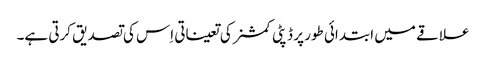
علاقے میں ابتدائی طور پر ڈپٹی کمشنر کی تعیناتی اِس کی تصدیق کرتی ہے۔